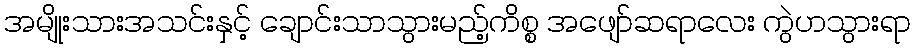
အမျိုးသားအသင်းနှင့် ချောင်းသာသွားမည့်ကိစ္စ အဖျော်ဆရာလေး ကွဲဟသွားရာ